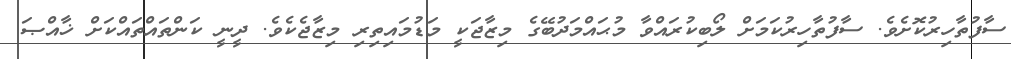
ސާފުތާހިރުކޮށެވެ. ސާފުތާހިރުކަމަށް ލޯބިކުރައްވާ މުޙައްމަދުބޭގެ މިޒާޖަކީ މަޑުމައިތިރި މިޒާޖެކެވެ. ދީނީ ކަންތައްތައްކަށް ޚާއްޞަ